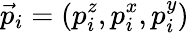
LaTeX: \vec{p}_{i}=(p_{i}^{z},p_{i}^{x},p_{i}^{y})